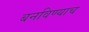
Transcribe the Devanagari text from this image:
बनविण्याच